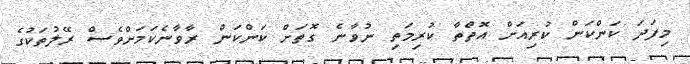
މިފަދަ ކަންކަން ކުރިއަށް އޮތްތާ ކުރިމަތި ނުވާނެ ގޮތަށް ކަންކަން ރާވާނެކަމަށްވެސް ރޭލުތަކުގެ